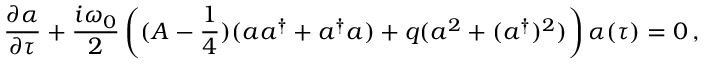
\frac { \partial \alpha } { \partial \tau } + \frac { i \omega _ { 0 } } 2 \left( ( A - \frac 1 4 ) ( a a ^ { \dag } + a ^ { \dag } a ) + q ( a ^ { 2 } + ( a ^ { \dag } ) ^ { 2 } ) \right) \alpha ( \tau ) = 0 \, ,